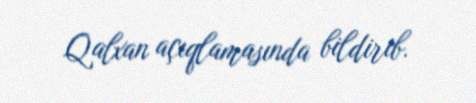
Qalxan açıqlamasında bildirib.